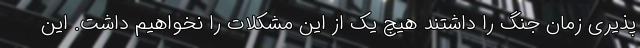
پذیری زمان جنگ را داشتند هیچ یک از این مشکلات را نخواهیم داشت. این